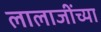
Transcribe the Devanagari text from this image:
लालाजींच्या